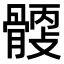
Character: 𩩹